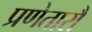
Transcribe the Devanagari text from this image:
प्रणेतारौ